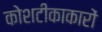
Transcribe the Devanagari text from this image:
कोशटीकाकारों